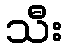
သီး